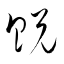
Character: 貺